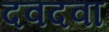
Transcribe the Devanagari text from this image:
दवदवा